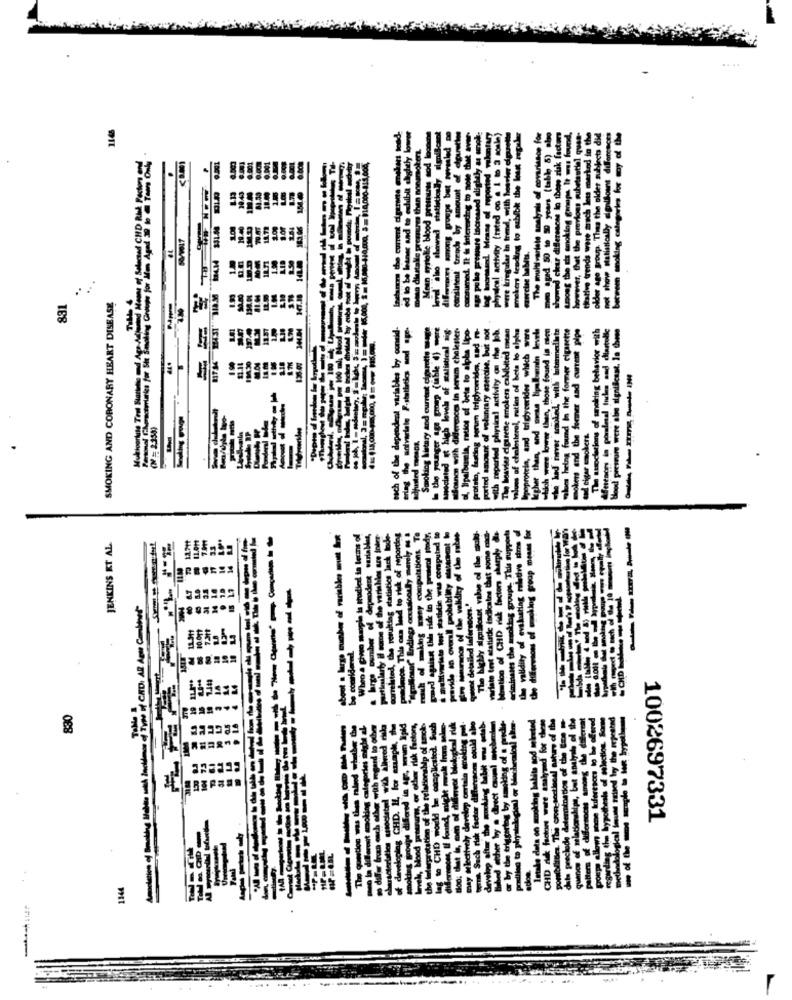
1165
0.001
0.001
30.40
ed 50 to 50
19.40
11.71
1
LID
1.00
831
SMOKING AND CORONARY HEART DISEASE
Moclated ge high level of salistesl =ig
poco in terem chaketter-
al, lipalbumsia, ratios of bets to alpha lipo-
Protein, fasting porum triglycerides, and mo-
ported amount of voluntary meralse, but not
with reperled physical activity on the bb.
The besvier digurette smokers calibited mean
volume of cholesterol, ratios of beta lo alpha
Proprotein, and triglycerides which were
which were lower than, those found in alen
she had never anoled, with Itemelte
malom being found In the former cigarette
mokers and the former sad current pips
The ausoclarions of smoking behavior with
Aferences in poralesal Indas and dartulle
d pressure were also significant. In these
1130
136.00
M varia
Personel FA
sifonen with dider
end
and cigar smokers
7 and
adjusted
each of
Smoke
statistic indicates that some cach-
of CHD risk factors sharply &
for
-
Owo marple la thodied in terms of
umber of depmodent variables,
ity il some of the variables are Inder-
,the resulting statistics lack lode-
. This osa lead to risk of reporting
of" Endings couticoslly merely os &
pling mery computations Te
piskt thie ride to the proteol Findy,
wrists tost stathtie was computed to
an overall probability stawemnt
uranos of the validity of the nubes
JENKINS ET AL
-----
tailed inferscons.'
830
1002697331
....